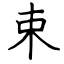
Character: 束